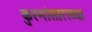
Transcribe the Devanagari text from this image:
कुरणांसारख्या